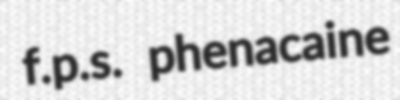
f.p.s. phenacaine